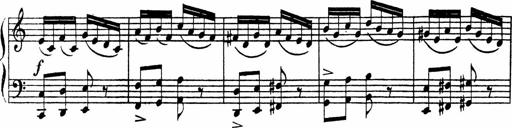
Title: Piano Sonata
Composer: Karl HÃ¤ssler
Key: C major